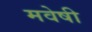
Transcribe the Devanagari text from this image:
मवेषी